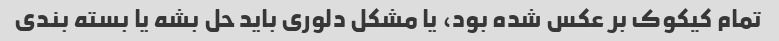
تمام کیکوک بر عکس شده بود، یا مشکل دلوری باید حل بشه یا بسته بندی